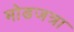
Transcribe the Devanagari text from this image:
मोडजत्रा